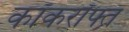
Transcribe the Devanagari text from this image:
कॉकरॉफ्त